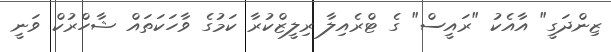
ޒިންދަގީ" އާއެކު "ރައީސް" ގެ ޓްރެއިލާ ރިލީޒްކުރާ ކަމުގެ ވާހަކަތައް ޝާހްރުކް ވަނީ